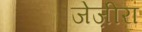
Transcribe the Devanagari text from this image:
जेज़ीरा